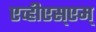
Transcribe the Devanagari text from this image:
एव्हीएस्एम्